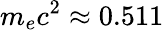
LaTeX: m_{e}c^{2}\approx 0.511